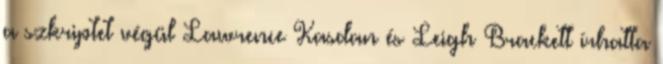
a szkriptet végül Lawrence Kasdan és Leigh Brackett írhatta